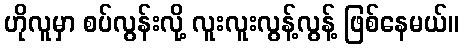
ဟိုလူမှာ စပ်လွန်းလို့ လူးလူးလွန့်လွန့် ဖြစ်နေမယ်။